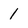
Character: 1